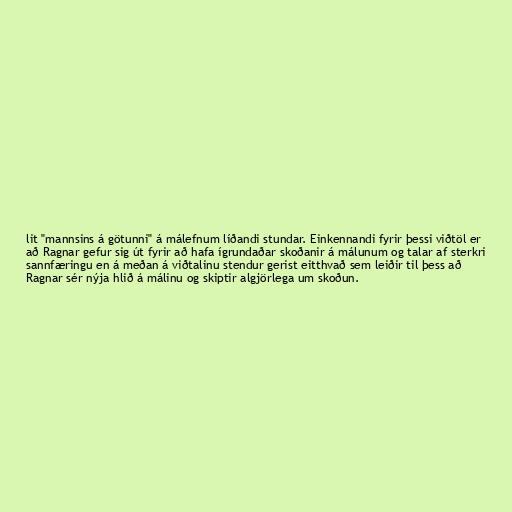
lit "mannsins á götunni" á málefnum líðandi stundar. Einkennandi fyrir þessi viðtöl er
að Ragnar gefur sig út fyrir að hafa ígrundaðar skoðanir á málunum og talar af sterkri
sannfæringu en á meðan á viðtalinu stendur gerist eitthvað sem leiðir til þess að
Ragnar sér nýja hlið á málinu og skiptir algjörlega um skoðun.